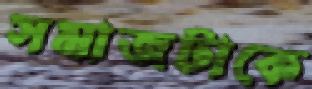
সমাজটাকে